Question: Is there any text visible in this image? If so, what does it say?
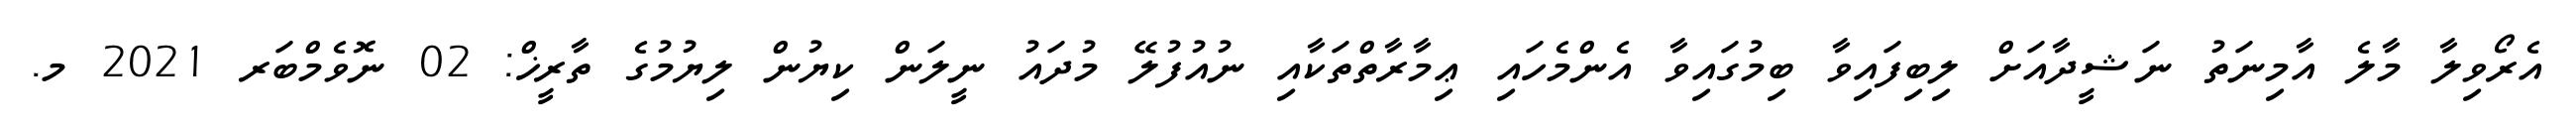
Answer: އެރޯވިލާ މާލެ އާމިނަތު ނަޝީދާއަށް ލިބިފައިވާ ބިމުގައިވާ އެންމެހައި ޢިމާރާތްތަކާއި ނުއުފުލޭ މުދައު ނީލަން ކިޔުން ލިޔުމުގެ ތާރީޚް: 02 ނޮވެމްބަރ 2021 މ.